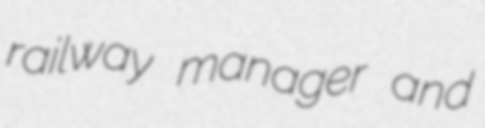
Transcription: railway manager and